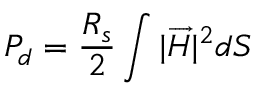
P _ { d } = { \frac { R _ { s } } { 2 } } \int { | { \overrightarrow { H } } | ^ { 2 } d S }